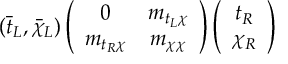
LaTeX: ( \bar { t } _ { L } , \bar { \chi } _ { L } ) \left( \begin{array} { c c } { { 0 } } & { { m _ { t _ { L } \chi } } } \\ { { m _ { t _ { R } \chi } } } & { { m _ { \chi \chi } } } \end{array} \right) \left( \begin{array} { c } { { t _ { R } } } \\ { { \chi _ { R } } } \end{array} \right)